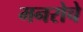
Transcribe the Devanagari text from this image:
मनरोचे